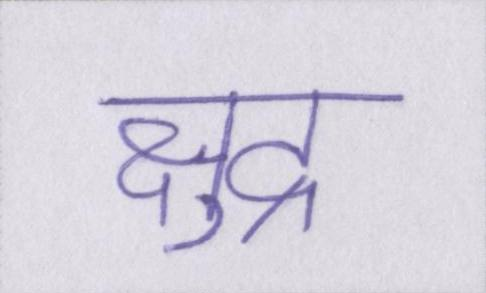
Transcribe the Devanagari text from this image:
क्षुद्र